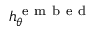
h _ { \theta } ^ { \mathrm { ~ e ~ m ~ b ~ e ~ d ~ } }